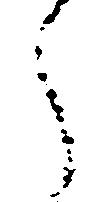
う